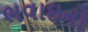
ભવાઇનો